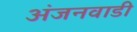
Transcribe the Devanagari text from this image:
अंजनवाडी